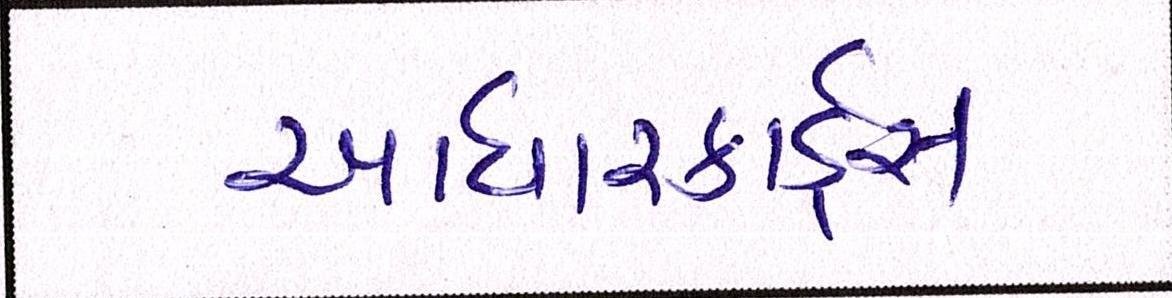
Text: આધારકાર્ડ્સ